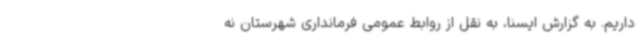
داریم. به گزارش ایسنا، به نقل از روابط عمومی فرمانداری شهرستان نه